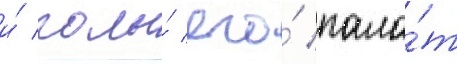
и́ полы́ его́ пала́т